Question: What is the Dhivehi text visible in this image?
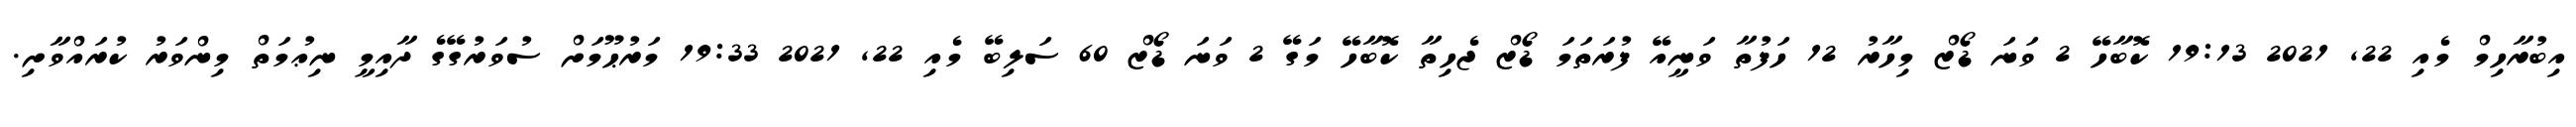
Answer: އިބުރާހިމް މެއި 22, 2021 19:13 ކޮބާހޭ 2 ވަނަ ޑޯޒް މިހާރު 12 ހަފުތާ ވަނީއޭ ފުރަތަމަ ޑޯޒް ޖެހިތާ ކޮބާހޭ މަގޭ 2 ވަނަ ޑޯޒް 60 ސަލިބޭ މެއި 22, 2021 19:33 މަރުޙޫމަށް ސުވަރުގޭގެ ދާއިމީ ނިޢުމަތް މިންވަރު ކުރައްވާށި.